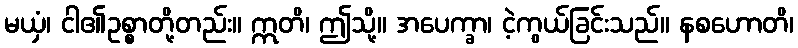
မယှံ၊ ငါ၏ဥစ္စာတို့တည်း။ ဣတိ၊ ဤသို့။ အပေက္ခာ၊ ငဲ့ကွယ်ခြင်းသည်။ နစဟောတိ၊